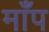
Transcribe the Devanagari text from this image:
माँप